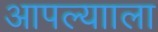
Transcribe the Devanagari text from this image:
आपल्यााला